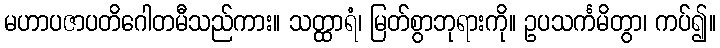
မဟာပဇာပတိဂေါတမီသည်ကား။ သတ္ထာရံ၊ မြတ်စွာဘုရားကို။ ဥပသင်္ကမိတွာ၊ ကပ်၍။